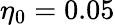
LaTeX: \eta_{0}=0.05